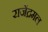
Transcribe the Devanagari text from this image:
राजेंद्रमल